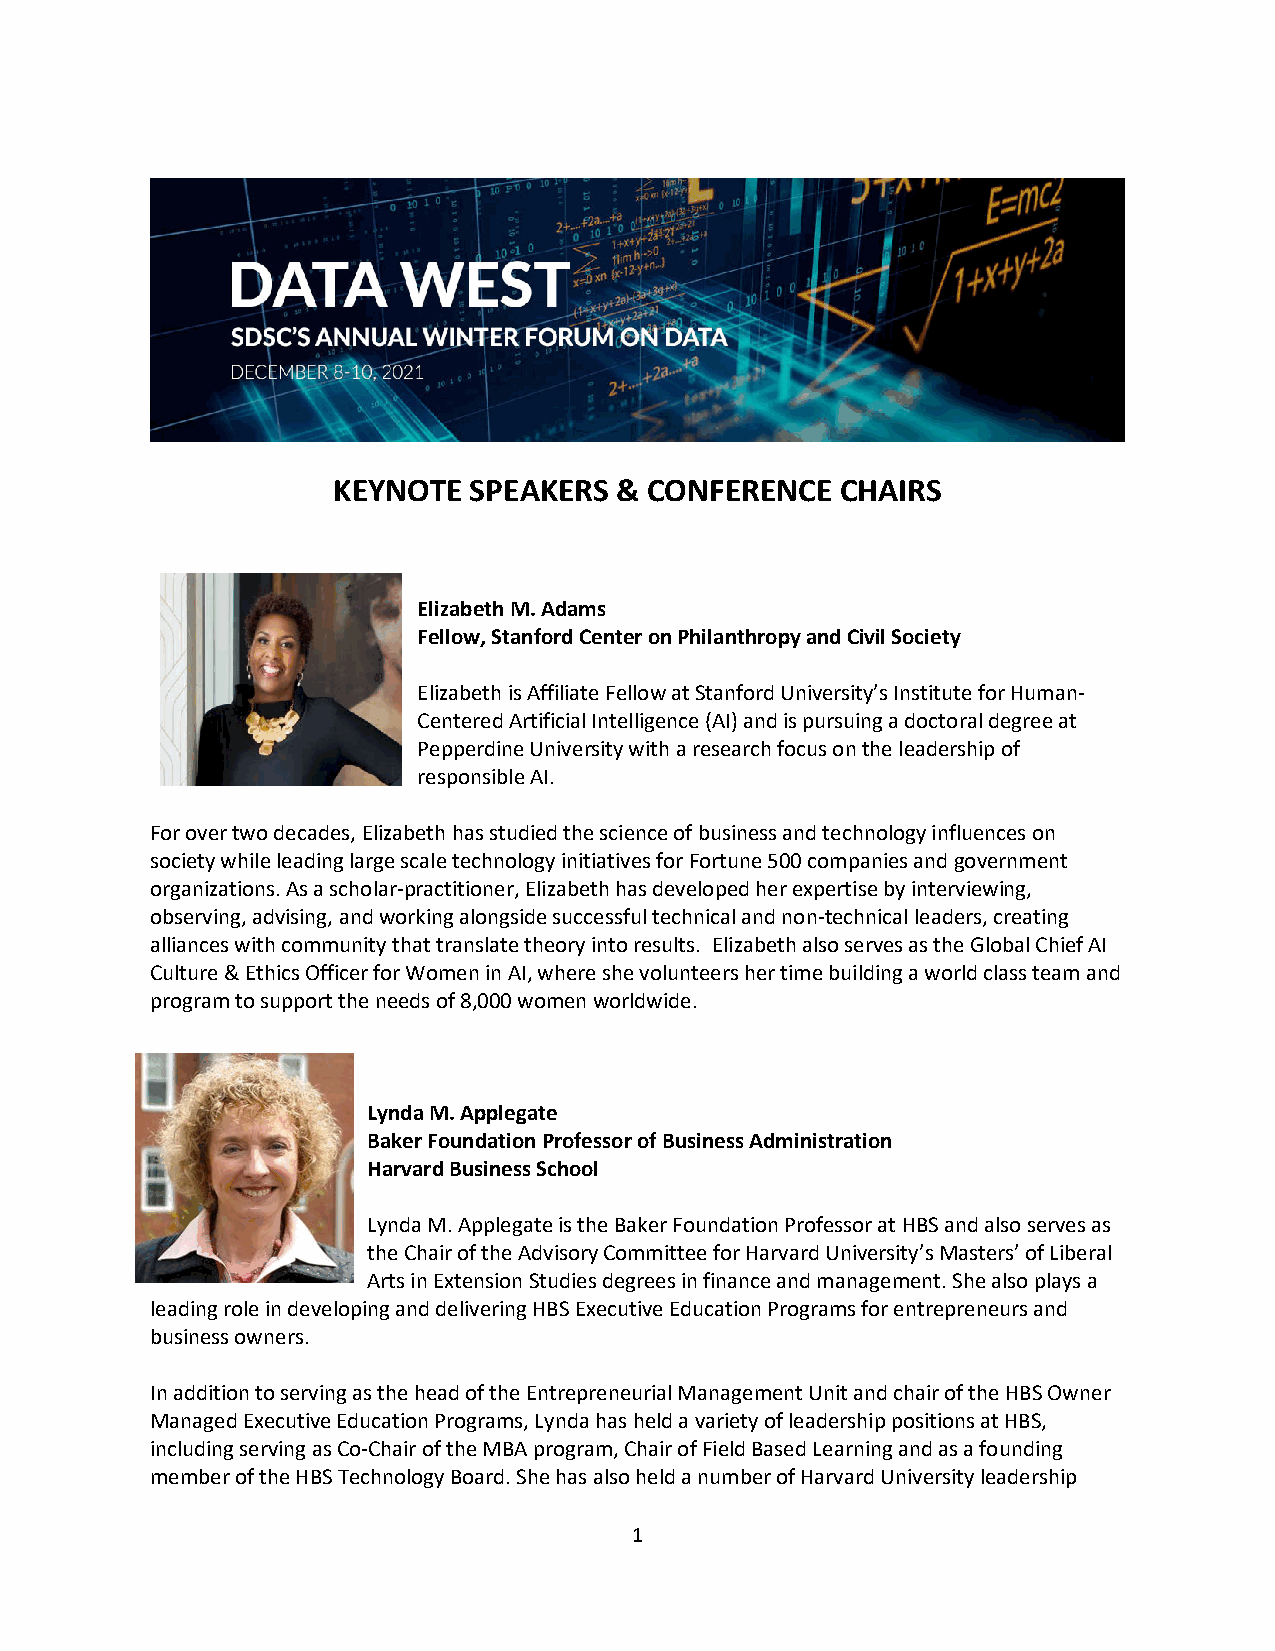
KEYNOTE  SPEAKERS  & CONFERENCE   CHAIRS
 Elizabeth M. Adams
 Fellow, Stanford Center on Philanthropy and Civil Society
 Elizabeth is Affiliate Fellow at Stanford University’s Institute for Human-
 Centered Artificial Intelligence (AI) and is pursuing a doctoral degree at
 Pepperdine University with a research focus on the leadership of
 responsible AI.
 For over two decades, Elizabeth has studied the science of business and technology influences on
 society while leading large scale technology initiatives for Fortune 500 companies and government
 organizations. As a scholar-practitioner, Elizabeth has developed her expertise by interviewing,
 observing, advising, and working alongside successful technical and non-technical leaders, creating
 alliances with community that translate theory into results. Elizabeth also serves as the Global Chief AI
 Culture & Ethics Officer for Women in AI, where she volunteers her time building a world class team and
 program to support the needs of 8,000 women worldwide.
 Lynda M. Applegate
 Baker Foundation Professor of Business Administration
 Harvard Business School
 Lynda M. Applegate is the Baker Foundation Professor at HBS and also serves as
 the Chair of the Advisory Committee for Harvard University’s Masters’ of Liberal
 Arts in Extension Studies degrees in finance and management. She also plays a
 leading role in developing and delivering HBS Executive Education Programs for entrepreneurs and
 business owners.
 In addition to serving as the head of the Entrepreneurial Management Unit and chair of the HBS Owner
 Managed Executive Education Programs, Lynda has held a variety of leadership positions at HBS,
 including serving as Co-Chair of the MBA program, Chair of Field Based Learning and as a founding
 member of the HBS Technology Board. She has also held a number of Harvard University leadership
 1